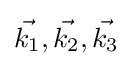
{\vec {k_{1}}},{\vec {k_{2}}},{\vec {k_{3}}}